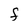
Character: F